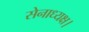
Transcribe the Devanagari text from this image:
सेनाध्यक्ष।